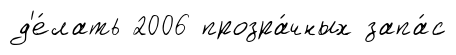
д'е́лать 2006 прозра́чных запа́с